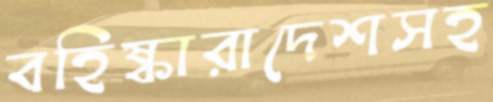
বহিষ্কারাদেশসহ